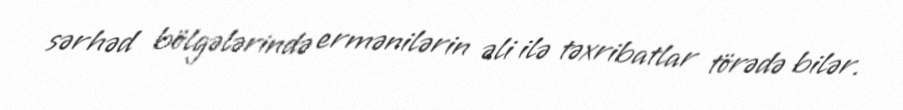
sərhəd bölgələrində ermənilərin əli ilə təxribatlar törədə bilər.